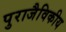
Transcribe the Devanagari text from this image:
पुराजैविकीय